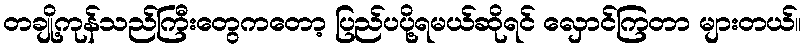
တချို့ကုန်သည်ကြီးတွေကတော့ ပြည်ပပို့ရမယ်ဆိုရင် လှောင်ကြတာ များတယ်။